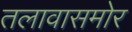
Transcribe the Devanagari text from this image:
तलावासमोर